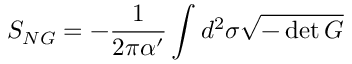
S _ { N G } = - { \frac { 1 } { 2 \pi \alpha ^ { \prime } } } \int d ^ { 2 } \sigma \sqrt { - \operatorname * { d e t } G }